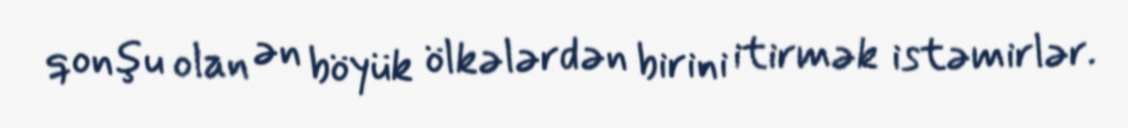
qonşu olan ən böyük ölkələrdən birini itirmək istəmirlər.